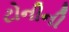
ટોનીની